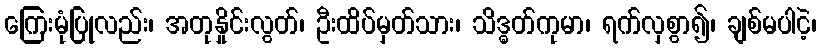
ကြေးမုံပြုလည်း၊ အတုနှိုင်းလွတ်၊ ဦးထိပ်မှတ်သား၊ သိဒ္ဓတ်ကုမာ၊ ရက်လှစွာ၍၊ ချစ်မပါငဲ့၊